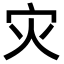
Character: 灾